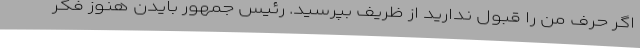
اگر حرف من را قبول ندارید از ظریف بپرسید. رئیس جمهور بایدن هنوز فکر